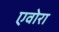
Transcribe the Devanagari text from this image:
एवोरा